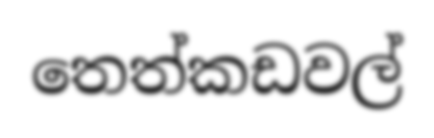
තෙත්කඩවල්